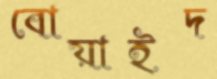
বোয়াইদ